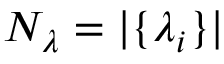
N _ { \lambda } = | \{ \lambda _ { i } \} |